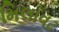
મિલાવટ